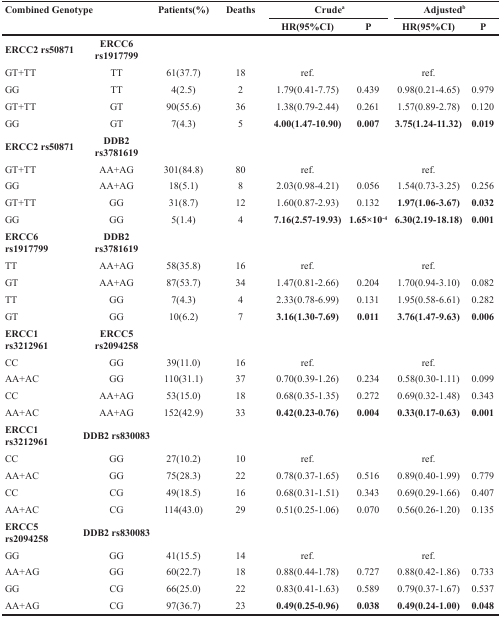
<table><thead><tr><td rowspan="2"><b>Combined Genotype</b></td><td rowspan="2"></td><td rowspan="2"><b>Patients(%)</b></td><td rowspan="2"><b>Deaths</b></td><td colspan="2"><b>Crude<sup>a</sup></b></td><td colspan="2"><b>Adjusted<sup>b</sup></b></td></tr><tr><td><b>HR(95%CI)</b></td><td><b>P</b></td><td><b>HR(95%CI)</b></td><td><b>P</b></td></tr></thead><tbody><tr><td><b>ERCC2 rs50871</b></td><td><b>ERCC6 rs1917799</b></td><td></td><td></td><td></td><td></td><td></td><td></td></tr><tr><td>GT+TT</td><td>TT</td><td>61(37.7)</td><td>18</td><td>ref.</td><td></td><td>ref.</td><td></td></tr><tr><td>GG</td><td>TT</td><td>4(2.5)</td><td>2</td><td>1.79(0.41-7.75)</td><td>0.439</td><td>0.98(0.21-4.65)</td><td>0.979</td></tr><tr><td>GT+TT</td><td>GT</td><td>90(55.6)</td><td>36</td><td>1.38(0.79-2.44)</td><td>0.261</td><td>1.57(0.89-2.78)</td><td>0.120</td></tr><tr><td>GG</td><td>GT</td><td>7(4.3)</td><td>5</td><td><b>4.00(1.47-10.90)</b></td><td><b>0.007</b></td><td><b>3.75(1.24-11.32)</b></td><td><b>0.019</b></td></tr><tr><td><b>ERCC2 rs50871</b></td><td><b>DDB2 rs3781619</b></td><td></td><td></td><td></td><td></td><td></td><td></td></tr><tr><td>GT+TT</td><td>AA+AG</td><td>301(84.8)</td><td>80</td><td>ref.</td><td></td><td>ref.</td><td></td></tr><tr><td>GG</td><td>AA+AG</td><td>18(5.1)</td><td>8</td><td>2.03(0.98-4.21)</td><td>0.056</td><td>1.54(0.73-3.25)</td><td>0.256</td></tr><tr><td>GT+TT</td><td>GG</td><td>31(8.7)</td><td>12</td><td>1.60(0.87-2.93)</td><td>0.132</td><td><b>1.97(1.06-3.67)</b></td><td><b>0.032</b></td></tr><tr><td>GG</td><td>GG</td><td>5(1.4)</td><td>4</td><td><b>7.16(2.57-19.93)</b></td><td><b>1.65×10<sup>−4</sup></b></td><td><b>6.30(2.19-18.18)</b></td><td><b>0.001</b></td></tr><tr><td><b>ERCC6 rs1917799</b></td><td><b>DDB2 rs3781619</b></td><td></td><td></td><td></td><td></td><td></td><td></td></tr><tr><td>TT</td><td>AA+AG</td><td>58(35.8)</td><td>16</td><td>ref.</td><td></td><td>ref.</td><td></td></tr><tr><td>GT</td><td>AA+AG</td><td>87(53.7)</td><td>34</td><td>1.47(0.81-2.66)</td><td>0.204</td><td>1.70(0.94-3.10)</td><td>0.082</td></tr><tr><td>TT</td><td>GG</td><td>7(4.3)</td><td>4</td><td>2.33(0.78-6.99)</td><td>0.131</td><td>1.95(0.58-6.61)</td><td>0.282</td></tr><tr><td>GT</td><td>GG</td><td>10(6.2)</td><td>7</td><td><b>3.16(1.30-7.69)</b></td><td><b>0.011</b></td><td><b>3.76(1.47-9.63)</b></td><td><b>0.006</b></td></tr><tr><td><b>ERCC1 rs3212961</b></td><td><b>ERCC5 rs2094258</b></td><td></td><td></td><td></td><td></td><td></td><td></td></tr><tr><td>CC</td><td>GG</td><td>39(11.0)</td><td>16</td><td>ref.</td><td></td><td>ref.</td><td></td></tr><tr><td>AA+AC</td><td>GG</td><td>110(31.1)</td><td>37</td><td>0.70(0.39-1.26)</td><td>0.234</td><td>0.58(0.30-1.11)</td><td>0.099</td></tr><tr><td>CC</td><td>AA+AG</td><td>53(15.0)</td><td>18</td><td>0.68(0.35-1.35)</td><td>0.272</td><td>0.69(0.32-1.48)</td><td>0.343</td></tr><tr><td>AA+AC</td><td>AA+AG</td><td>152(42.9)</td><td>33</td><td><b>0.42(0.23-0.76)</b></td><td><b>0.004</b></td><td><b>0.33(0.17-0.63)</b></td><td><b>0.001</b></td></tr><tr><td><b>ERCC1 rs3212961</b></td><td><b>DDB2 rs830083</b></td><td></td><td></td><td></td><td></td><td></td><td></td></tr><tr><td>CC</td><td>GG</td><td>27(10.2)</td><td>10</td><td>ref.</td><td></td><td>ref.</td><td></td></tr><tr><td>AA+AC</td><td>GG</td><td>75(28.3)</td><td>22</td><td>0.78(0.37-1.65)</td><td>0.516</td><td>0.89(0.40-1.99)</td><td>0.779</td></tr><tr><td>CC</td><td>CG</td><td>49(18.5)</td><td>16</td><td>0.68(0.31-1.51)</td><td>0.343</td><td>0.69(0.29-1.66)</td><td>0.407</td></tr><tr><td>AA+AC</td><td>CG</td><td>114(43.0)</td><td>29</td><td>0.51(0.25-1.06)</td><td>0.070</td><td>0.56(0.26-1.20)</td><td>0.135</td></tr><tr><td><b>ERCC5 rs2094258</b></td><td><b>DDB2 rs830083</b></td><td></td><td></td><td></td><td></td><td></td><td></td></tr><tr><td>GG</td><td>GG</td><td>41(15.5)</td><td>14</td><td>ref.</td><td></td><td>ref.</td><td></td></tr><tr><td>AA+AG</td><td>GG</td><td>60(22.7)</td><td>18</td><td>0.88(0.44-1.78)</td><td>0.727</td><td>0.88(0.42-1.86)</td><td>0.733</td></tr><tr><td>GG</td><td>CG</td><td>66(25.0)</td><td>22</td><td>0.83(0.41-1.63)</td><td>0.589</td><td>0.79(0.37-1.67)</td><td>0.537</td></tr><tr><td>AA+AG</td><td>CG</td><td>97(36.7)</td><td>23</td><td><b>0.49(0.25-0.96)</b></td><td><b>0.038</b></td><td><b>0.49(0.24-1.00)</b></td><td><b>0.048</b></td></tr></tbody></table>